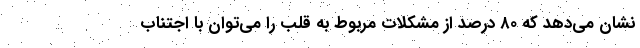
نشان می‌دهد که ۸۰ درصد از مشکلات مربوط به قلب را می‌توان با اجتناب